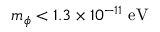
m _ { \phi } < 1 . 3 \times 1 0 ^ { - 1 1 } ~ \mathrm { e V }